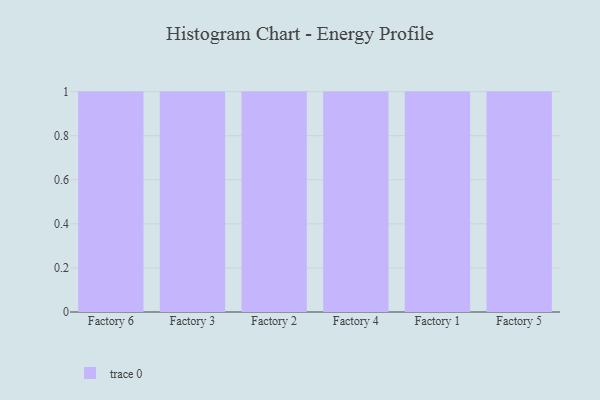
{"axis": {"x": "Factory", "y": "Waste Production (Tons)"}, "legend": [""], "data": [{"x": "Factory 6", "y": 33, "type": ""}, {"x": "Factory 3", "y": 39, "type": ""}, {"x": "Factory 2", "y": 65, "type": ""}, {"x": "Factory 4", "y": 66, "type": ""}, {"x": "Factory 1", "y": 12, "type": ""}, {"x": "Factory 5", "y": 52, "type": ""}]}